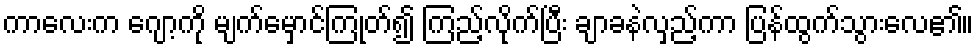
ကာလေးက ဂျော့ကို မျက်မှောင်ကြုတ်၍ ကြည့်လိုက်ပြီး ချာခနဲလှည့်ကာ ပြန်ထွက်သွားလေ၏။